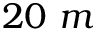
2 0 \ m